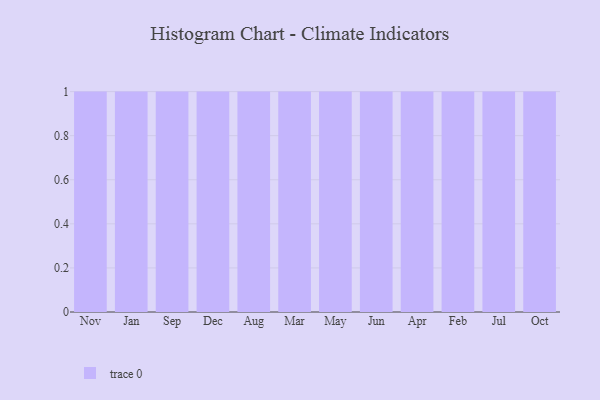
{"axis": {"x": "Month", "y": "LTV (USD)"}, "legend": [""], "data": [{"x": "Nov", "y": 78, "type": ""}, {"x": "Jan", "y": 60, "type": ""}, {"x": "Sep", "y": 73, "type": ""}, {"x": "Dec", "y": 74, "type": ""}, {"x": "Aug", "y": 65, "type": ""}, {"x": "Mar", "y": 73, "type": ""}, {"x": "May", "y": 23, "type": ""}, {"x": "Jun", "y": 70, "type": ""}, {"x": "Apr", "y": 48, "type": ""}, {"x": "Feb", "y": 93, "type": ""}, {"x": "Jul", "y": 25, "type": ""}, {"x": "Oct", "y": 36, "type": ""}]}